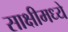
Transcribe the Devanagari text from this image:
साक्षीमध्ये